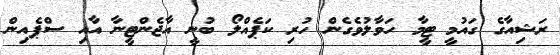
ރަޝިއާގެ ގައުމީ ޓީމާ ހަވާލުވެގެން ހުރި ކަޕެއްލޯ ބުނީ އާޖެންޓީނާ އާއި ސްޕެއިން